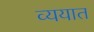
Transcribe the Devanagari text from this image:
व्ययात